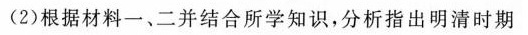
(2)根据材料一、二并结合所学知识，分析指出明清时期